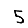
Digit: 5